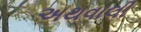
અથવાલી